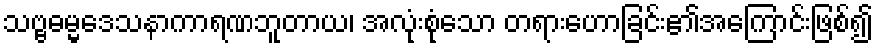
သဗ္ဗဓမ္မဒေသနာကာရဏဘူတာယ၊ အလုံးစုံသော တရားဟောခြင်း၏အကြောင်းဖြစ်၍